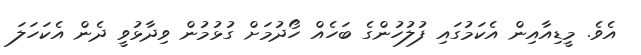
އެވެ. މީޑިއާއިން އެކަމުގައި ފުލުހުންގެ ބަހެއް ހޯދުމަށް ގުޅުމުން ވިދާޅުވީ ދެން އެކަހަލަ